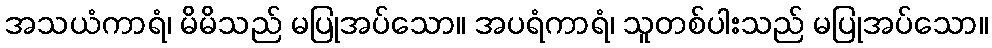
အသယံကာရံ၊ မိမိသည် မပြုအပ်သော။ အပရံကာရံ၊ သူတစ်ပါးသည် မပြုအပ်သော။